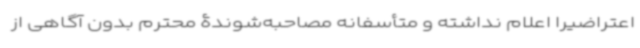
اعتراضیرا اعلام نداشته و متأسفانه مصاحبه‌شوندۀ محترم بدون آگاهی از